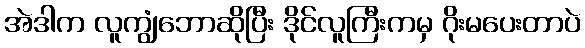
အဲဒါက လူကျွံဘောဆိုပြီး ဒိုင်လူကြီးကမှ ဂိုးမပေးတာပဲ